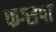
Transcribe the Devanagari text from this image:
फग्सपा